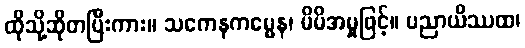
ထိုသို့ဆိုတပြီးကား။ သကေနကမ္မေန၊ မိမိအမှုဖြင့်။ ပညာယိဿထ၊